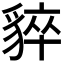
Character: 𧳚